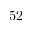
5 2